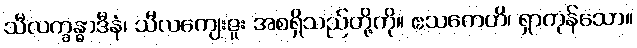
သီလက္ခန္ဓာဒီနံ၊ သီလကျေးဇူး အစရှိသည်တို့ကို။ ဧသကေဟိ၊ ရှာကုန်သော။